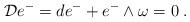
LaTeX: \begin{align*}{\cal D} e^- = d e^- +e^- \wedge \omega = 0 \; .\end{align*}